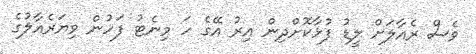
ވެސް ރެއާލަށް ލީޑު ފުޅާކޮށްދިން އިރު އޭގެ ހަ މިނެޓު ފަހުން ވިޔަރެއާލުގެ